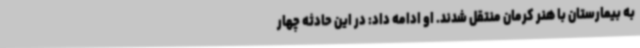
به بیمارستان با هنر کرمان منتقل شدند. او ادامه داد: در این حادثه چهار